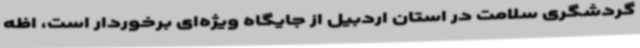
گردشگری سلامت در استان اردبیل از جایگاه ویژه‌ای برخوردار است، اظه